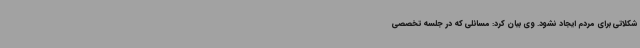
شکلاتی برای مردم ایجاد نشود. وی بیان کرد: مسائلی که در جلسه تخصصی